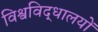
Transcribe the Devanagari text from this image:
विश्वविद्धालयों